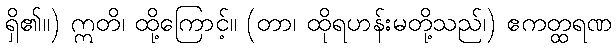
ရှိ၏။) ဣတိ၊ ထို့ကြောင့်။ (တာ၊ ထိုရဟန်းမတို့သည်၊) ဧကတ္ထရဏ